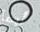
أيضآ